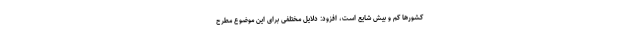
کشورها کم و بیش شایع است، افزود: دلایل مختلفی برای این موضوع مطرح